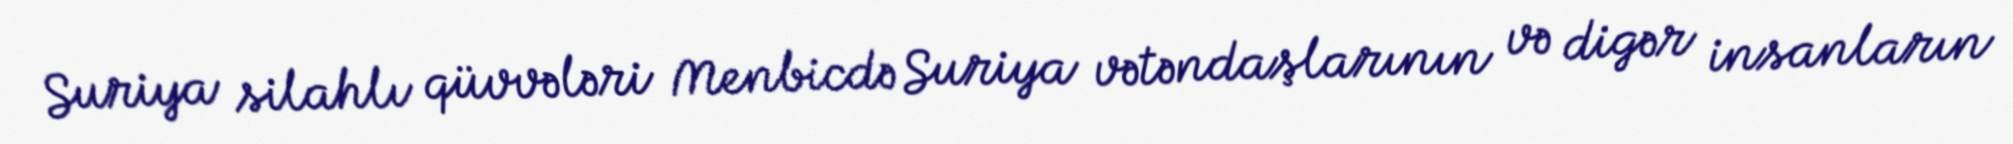
Suriya silahlı qüvvələri Menbicdə Suriya vətəndaşlarının və digər insanların